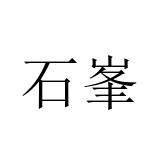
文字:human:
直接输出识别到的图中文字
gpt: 石峯